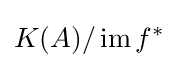
K(A)/\operatorname {im} f^{*}